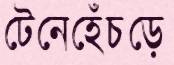
টেনেহেঁচড়ে